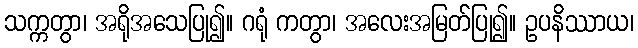
သက္ကတွာ၊ အရိုအသေပြု၍။ ဂရုံ ကတွာ၊ အလေးအမြတ်ပြု၍။ ဥပနိဿာယ၊